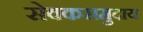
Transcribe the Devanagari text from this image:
सेवकसमुदाय